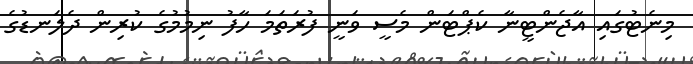
މިނެޓުގައި އާޖެންޓީނާ ކެޕްޓަން މެސީ ވަނީ ފުރަތަމަ ހާފު ނިމުމުގެ ކުރިން ދެލަނޑުގެ